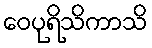
ဝေပုရိသိကာသိ